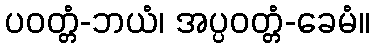
ပဝတ္တံ-ဘယံ၊ အပ္ပဝတ္တံ-ခေမံ။